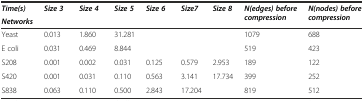
<table><thead><tr><td><b><i>Time(s)</i></b></td><td rowspan="2"><b><i>Size 3</i></b></td><td rowspan="2"><b><i>Size 4</i></b></td><td rowspan="2"><b><i>Size 5</i></b></td><td rowspan="2"><b><i>Size 6</i></b></td><td rowspan="2"><b><i>Size7</i></b></td><td rowspan="2"><b><i>Size 8</i></b></td><td rowspan="2"><b><i>N(edges) before compression</i></b></td><td rowspan="2"><b><i>N(nodes) before compression</i></b></td></tr><tr><td><b><i>Networks</i></b></td></tr></thead><tbody><tr><td>Yeast</td><td>0.013</td><td>1.860</td><td>31.281</td><td></td><td></td><td></td><td>1079</td><td>688</td></tr><tr><td>E coli</td><td>0.031</td><td>0.469</td><td>8.844</td><td></td><td></td><td></td><td>519</td><td>423</td></tr><tr><td>S208</td><td>0.001</td><td>0.002</td><td>0.031</td><td>0.125</td><td>0.579</td><td>2.953</td><td>189</td><td>122</td></tr><tr><td>S420</td><td>0.001</td><td>0.031</td><td>0.110</td><td>0.563</td><td>3.141</td><td>17.734</td><td>399</td><td>252</td></tr><tr><td>S838</td><td>0.063</td><td>0.110</td><td>0.500</td><td>2.843</td><td>17.204</td><td></td><td>819</td><td>512</td></tr></tbody></table>